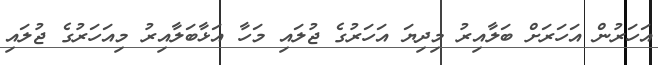
އަހަރުން އަހަރަށް ބަލާއިރު މިދިޔަ އަހަރުގެ ޖުލައި މަހާ އަޅާބަލާއިރު މިއަހަރުގެ ޖުލައި